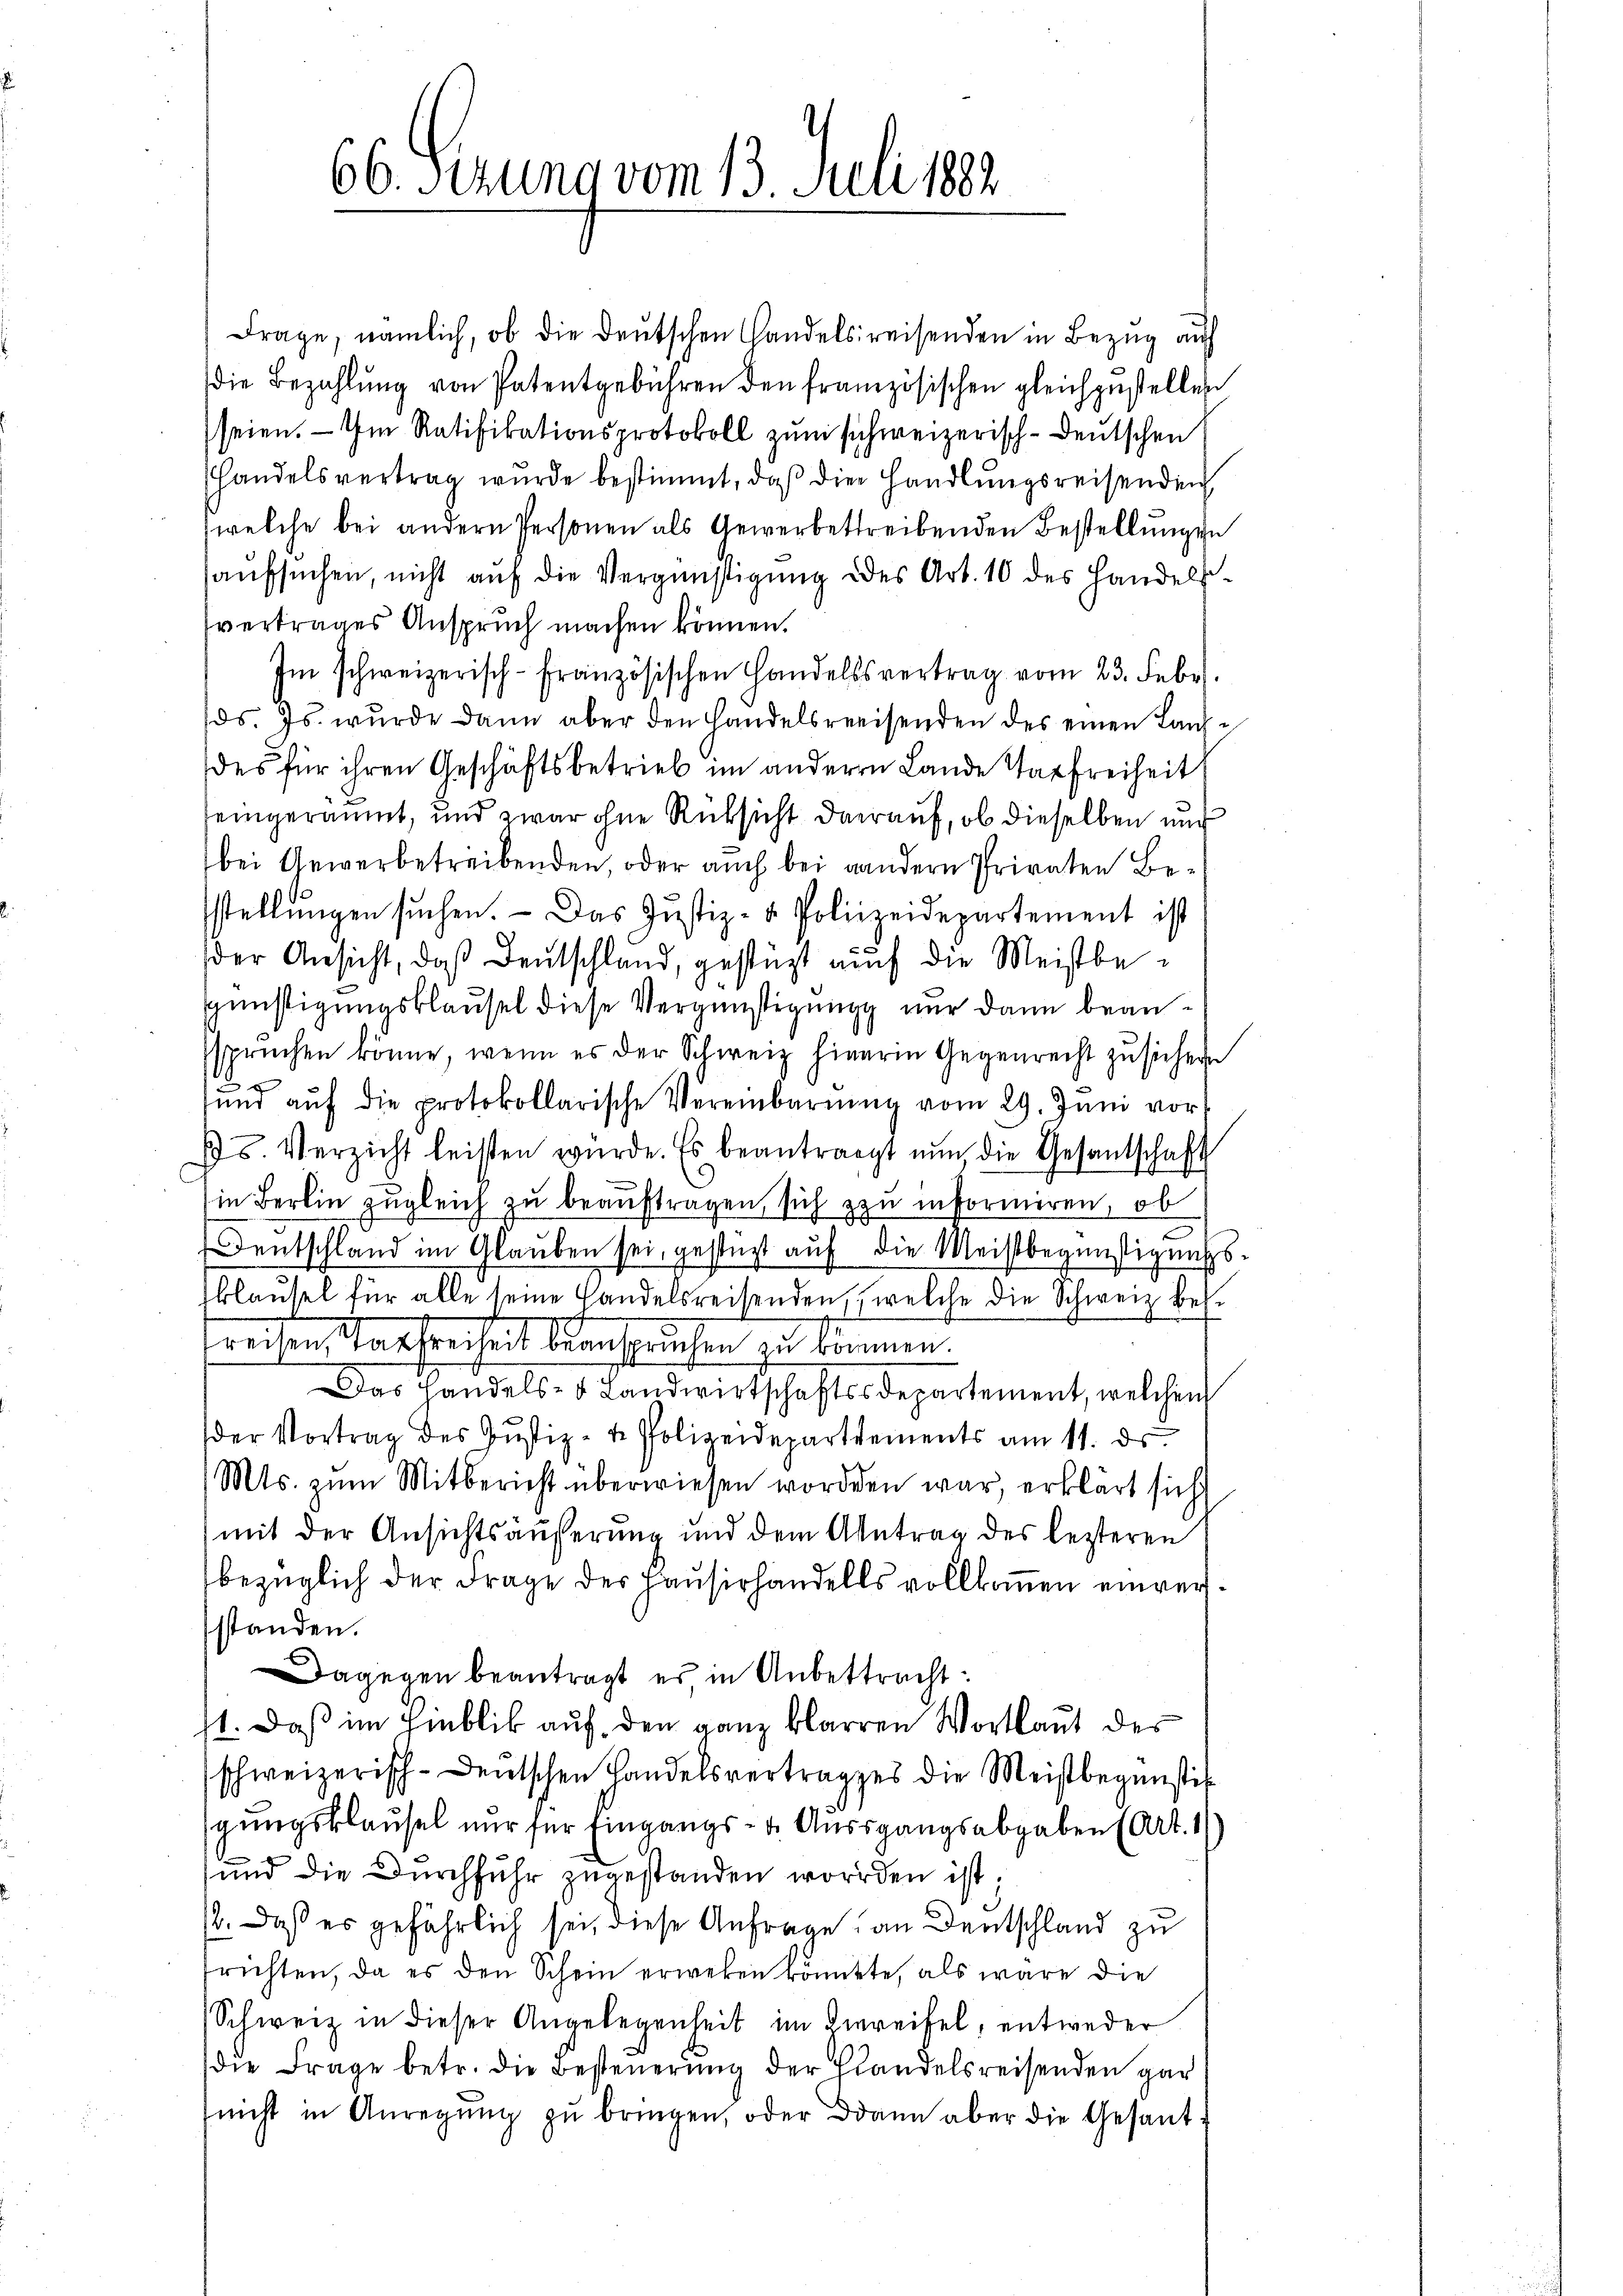
66. Fezung vom 13. Juli 1892.

die Bezahlŭng von Patentgebühren den französischen gleichzustellen
seien. — Im Ratifikationsprotokoll zum schweizerisch-deutschen
welche bei andern Personen als Gewerbettreibenden Bestellungen
vertrages Anspruch machen können.
des für ihren Geschäftsbetrieb im anderen Lande Varfreiheit
eingeräumt, und zwar ohne Rüksicht darauf, ob dieselben und
bei Gewerbetreibenden, oder auch bei andern Privaten Bestellungen suchen. - Das Justiz- & Polizeidepartement ist
der Ansicht, daß Deutschland, gestüzt auch die Meistbegünstigungsklausel diese Vergünstigung nur dann beansspruchen könne, wenn es der Schweiz hinarin Gegenrecht zu sichen
ŭnd aŭf die protokollarische Vereinbarŭng vom 29. Juni vor¬
Is. Verzicht leisten würde. Es beantragt nun die Gesantschaft
in Bern zugleich zu beauftragen sich zu informiren, ob
Fentschland im Glauben sei, gestüzt auf die Meistbegünstigungsblausel für alle seine Handelsreisenden, welche die Schweiz Besfreisen akfreiheit beanspruchen zu können.
Das Handels- & Landwirtschaftssdepartement, welchen
der Vortrag des Justiz- u. Polizeidepartements am 11. ds.
Mts. zum Mitbericht überwiesen worden war, erklärt sich
mit der Ansichtsäußerung und dem Antrag des lezteren
bezüglich der Frage der Hausirhandells vollkommen einversstanden.
Dagegen beantragt es in Anbettracht:
st. Daß im Einblik auf den ganz klarren Wortlaut des
schweizerisch-deutschen Handelsvertrages die Meistbegünstit
gungsklausel nur für Eingangs- u. Aussgangsabgaben (Art. 1
und die Durchfuhr zugestanden worden ist;
12. Daß es gefährlich sei, diese Anfrage an Deutschland zu
frichten, da es den Schein erweben könntte, als wäre die
Schweiz in dieser Angelegenheit im Einreifel, entweder
die Frage betr. die Besteuerung der Handelsreisenden gar
(nicht in Anregŭng zŭ bringen, oder dann aber die Gesant-

Frage, nämlich, ob die deutschen Handelsreisenden in Bezug auch
Handelsvertrag wurde bestimmt, daß die Handlungsreisenden
aufsuchen, nicht auf die Vergünstigung des Art. 10 des Handels-
Im schweizerisch-Französischen Handelsvertrag vom 23. Febr.
ds. Js. wurde dann aber den Handelsreeisenden des einen Laŭfe